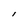
Character: l